Annual administration report of the Civil Veterinary Department of India - 1896-1897
Year: 1896
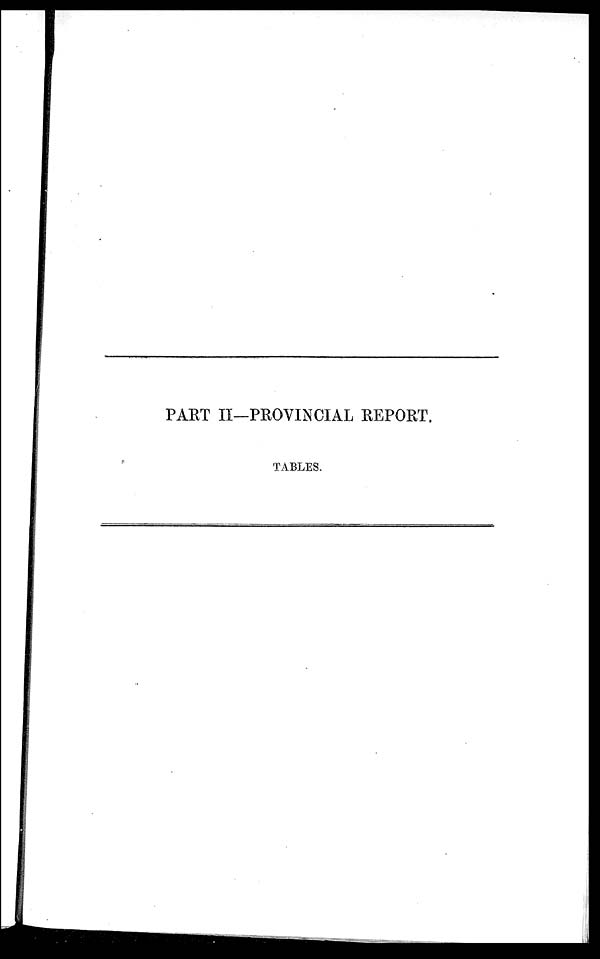
PART II—PROVINCIAL REPORT.
TABLES.